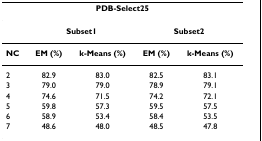
| <COLSPAN=5> PDB-Select25 |
 | --- | --- | --- | --- | --- |
 |  | <COLSPAN=2> Subset1 | <COLSPAN=2> Subset2 |
 | NC | EM (%) | k-Means (%) | EM (%) | k-Means (%) |
 | 2 | 82.9 | 83.0 | 82.5 | 83.1 |
 | 3 | 79.0 | 79.0 | 78.9 | 79.1 |
 | 4 | 74.6 | 71.5 | 74.2 | 72.1 |
 | 5 | 59.8 | 57.3 | 59.5 | 57.5 |
 | 6 | 58.9 | 53.4 | 58.4 | 53.5 |
 | 7 | 48.6 | 48.0 | 48.5 | 47.8 |